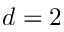
d = 2